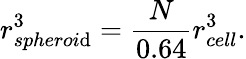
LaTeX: r_{spheroi\mathrm{d}}^{3}=\frac{{N}}{{0.64}}r_{cell}^{3}.